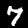
Digit: 7